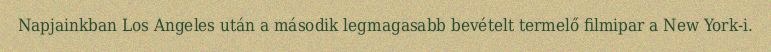
Napjainkban Los Angeles után a második legmagasabb bevételt termelő filmipar a New York-i.